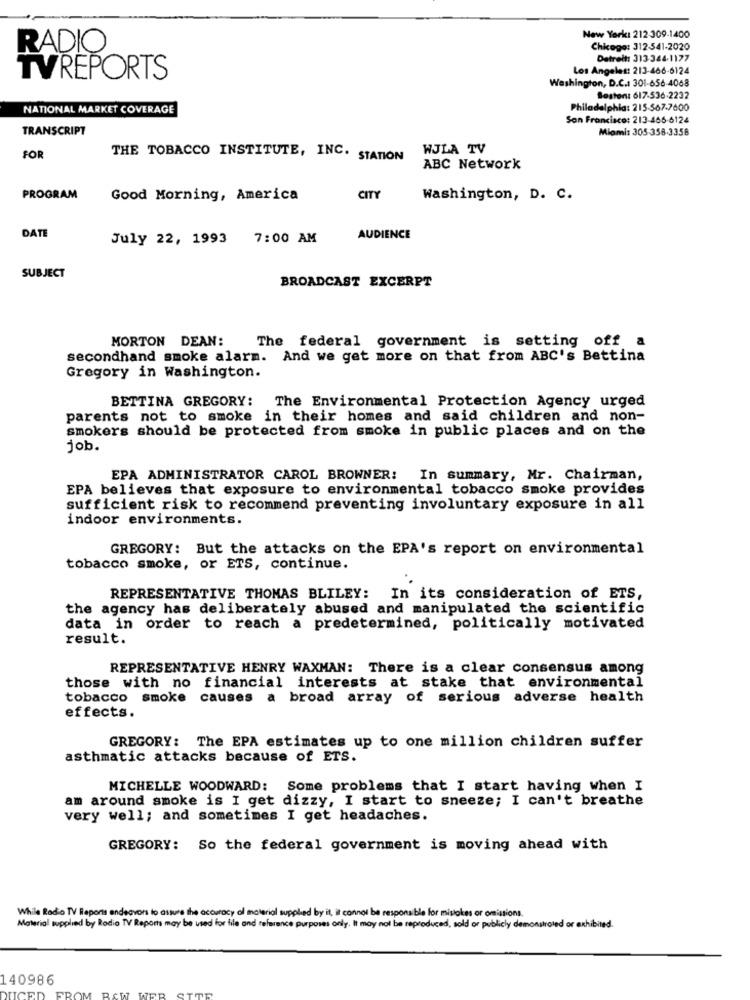
New York: 212-309-1400
RADIO
Chiege: 312-541-2020
Detroit: 313-344-1177
Los Angeles: 213-466-6124
TVREPORTS
Washington, D.C .: 301-656-4068
Boston: 617-536-2232
NATIONAL MARKET COVERAGE
Philadelphia: 215-567-7600
Son Francisco: 213-466-6124
TRANSCRIPT
Miami: 305-358-3358
WJLA TV
FOR
THE TOBACCO INSTITUTE, INC. STATION
ABC Network
PROGRAM
Good Morning, America
CITY
Washington, D. C.
DATE
July 22, 1993
7:00 AM
AUDIENCE
SUBJECT
BROADCAST EXCERPT
MORTON DEAN:
The federal government is setting off a
secondhand smoke alarm. And we get more on that from ABC's Bettina
Gregory in Washington.
BETTINA GREGORY: The Environmental Protection Agency urged
parents not to smoke in their homes and said children and non-
smokers should be protected from smoke in public places and on the
job.
EPA ADMINISTRATOR CAROL BROWNER: In summary, Mr. Chairman,
EPA believes that exposure to environmental tobacco smoke provides
sufficient risk to recommend preventing involuntary exposure in all
indoor environments.
GREGORY: But the attacks on the EPA's report on environmental
tobacco smoke, or ETS, continue.
REPRESENTATIVE THOMAS BLILEY: In its consideration of ETS,
the agency has deliberately abused and manipulated the scientific
data in order to reach a predetermined, politically motivated
result.
REPRESENTATIVE HENRY WAXMAN: There is a clear consensus among
those with no financial interests at stake that environmental
tobacco smoke causes a broad array of serious adverse health
effects.
GREGORY: The EPA estimates up to one million children suffer
asthmatic attacks because of ETS.
MICHELLE WOODWARD: Some problems that I start having when I
am around smoke is I get dizzy, I start to sneeze; I can't breathe
very well; and sometimes I get headaches.
GREGORY: So the federal government is moving ahead with
While Radio TV Reports endeavors to assure the accuracy al material supplied by it, it cannot be responsible for mistakes or omissions.
Material supplied by Rodio TV Reports may be used for file and reference purposes only. It may not be reproduced, sold or publicly demonstrated or exhibited.
140986